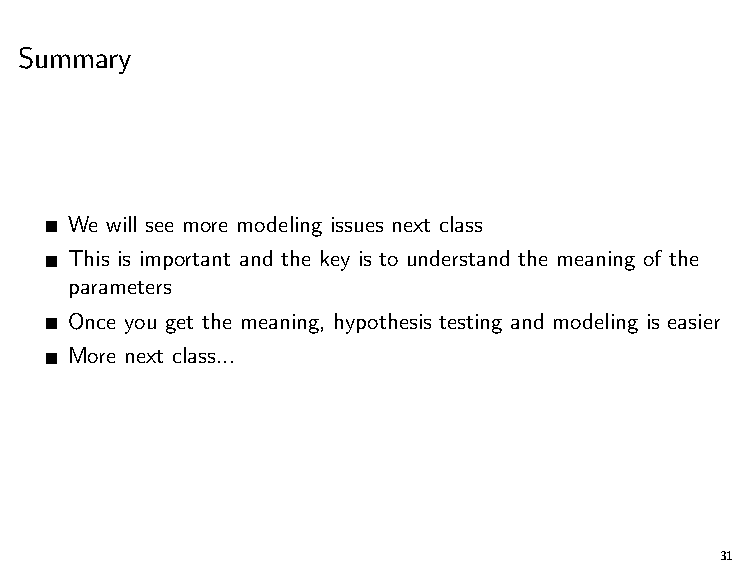
Summary
 We will see more modeling issues next class
 This is important and the key is to understand the meaning of the
 parameters
 Once you get the meaning, hypothesis testing and modeling is easier
 More next class...
 31